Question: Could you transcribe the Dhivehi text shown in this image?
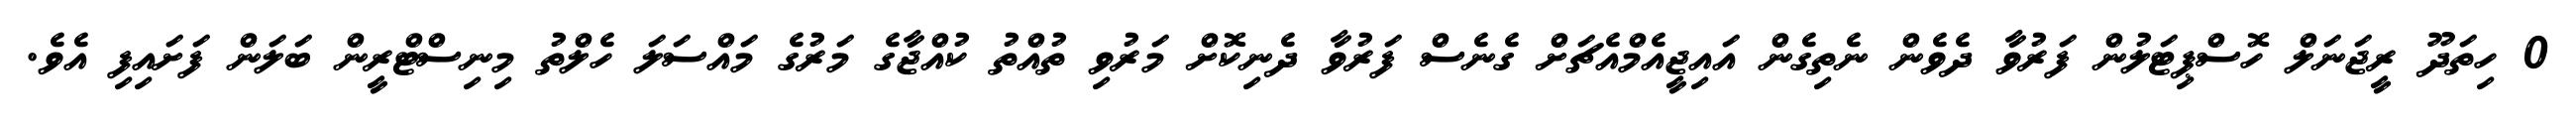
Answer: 0 ހިތަދޫ ރީޖަނަލް ހޮސްޕިޓަލުން ފަރުވާ ދެވެން ނެތިގެން އައިޖީއެމްއެޗަށް ގެނެސް ފަރުވާ ދެނިކޮށް މަރުވި ތުއްތު ކުއްޖާގެ މަރުގެ މައްސަލަ ހެލްތު މިނިސްޓްރީން ބަލަން ފަށައިފި އެވެ.